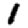
Digit: 1